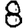
Digit: 8